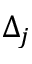
\Delta _ { j }